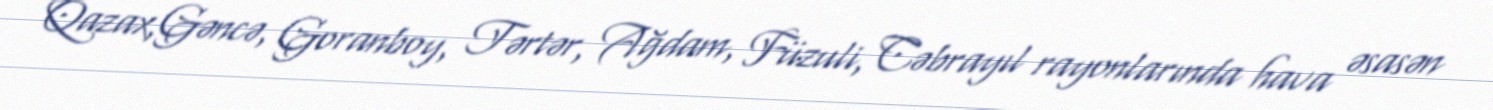
Qazax,Gəncə, Goranboy, Tərtər, Ağdam, Füzuli, Cəbrayıl rayonlarında hava əsasən